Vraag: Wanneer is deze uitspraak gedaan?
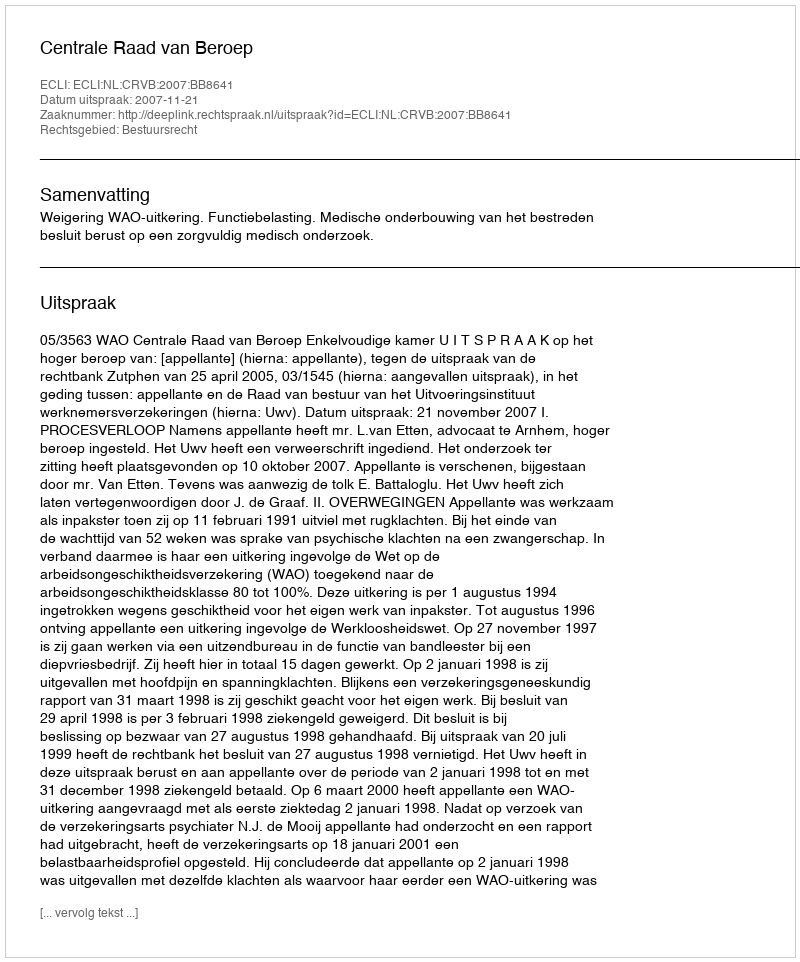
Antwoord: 2007-11-21